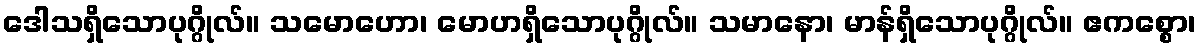
ဒေါသရှိသောပုဂ္ဂိုလ်။ သမောဟော၊ မောဟရှိသောပုဂ္ဂိုလ်။ သမာနော၊ မာန်ရှိသောပုဂ္ဂိုလ်။ ဧကစ္စော၊